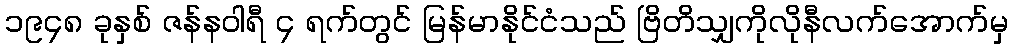
၁၉၄၈ ခုနှစ် ဇန်နဝါရီ ၄ ရက်တွင် မြန်မာနိုင်ငံသည် ဗြိတိသျှကိုလိုနီလက်အောက်မှ